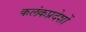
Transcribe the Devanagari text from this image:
कलंकप्रदेशों